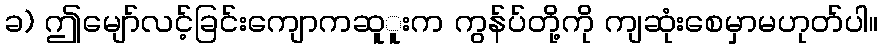
ခ) ဤမျော်လင့်ခြင်းကျောကဆူူးက ကွန်ပ်တို့ကို ကျဆုံးစေမှာမဟုတ်ပါ။